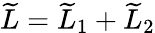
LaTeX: \widetilde{L}=\widetilde{L}_{1}+\widetilde{L}_{2}